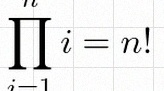
\prod_{i=1}^{n}i=n!